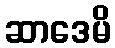
ဆာဒေမိ